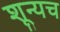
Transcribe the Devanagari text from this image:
शून्यच